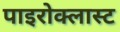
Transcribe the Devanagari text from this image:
पाइरोक्लास्ट